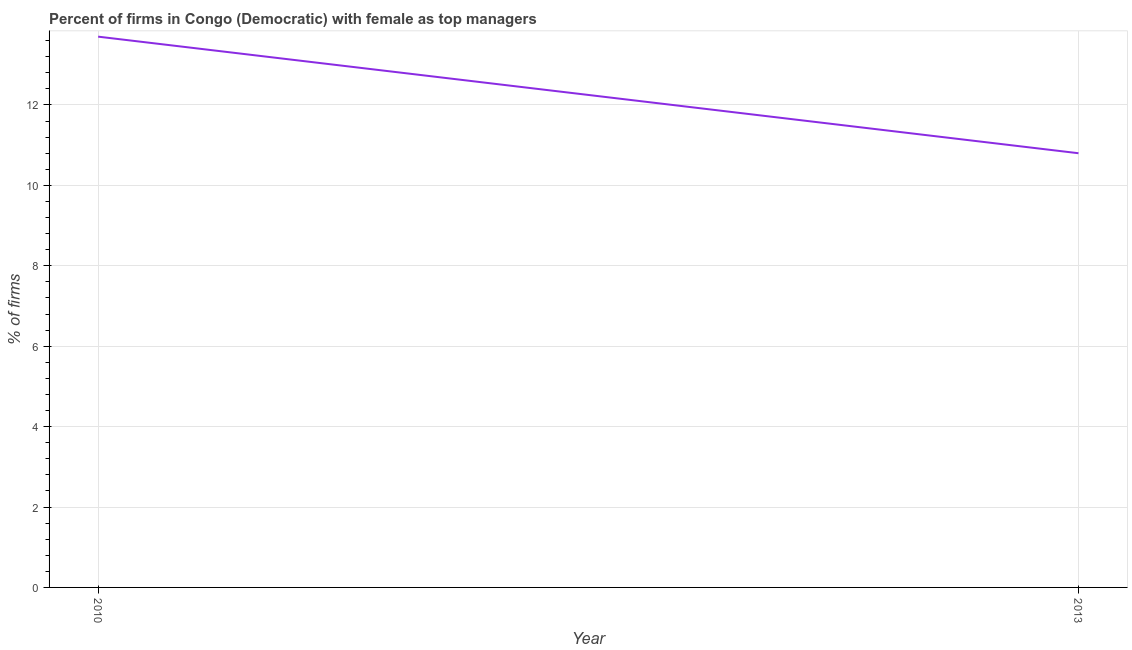
| Year | Firms with female top manager |
 | --- | --- |
 | 2010 | 13.7 |
 | 2013 | 10.8 |